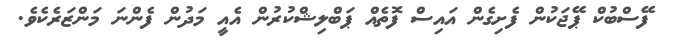
ފޭސްބުކް ޕޭޖަކުން ފެށިގެން އައިސް ފޮތެއް ޕަބްލިޝްކުރުން އެއީ މަދުން ފެންނަ މަންޒަރެކެވެ.